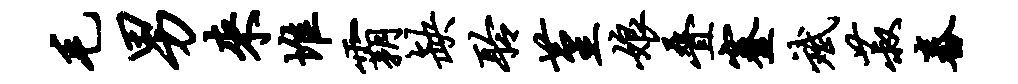
毛男来堆霸缺聆堇娘叠蹇斌菽舂